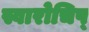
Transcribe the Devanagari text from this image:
स्वारोचिष्‌